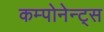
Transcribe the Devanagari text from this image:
कम्पोनेन्ट्स